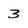
Character: 3